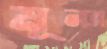
মূলত্র